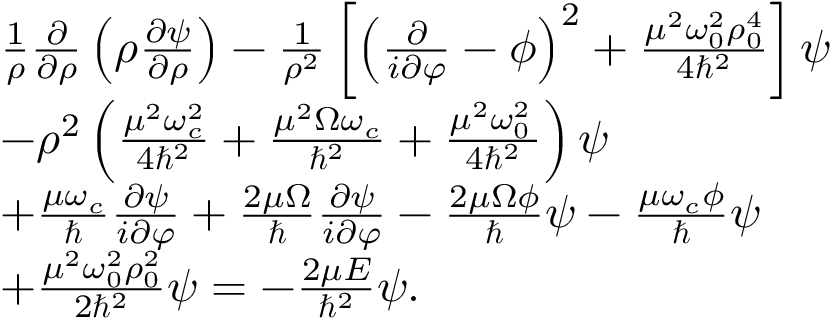
\begin{array} { r l } & { \frac { 1 } { \rho } \frac { \partial } { \partial \rho } \left( \rho \frac { \partial \psi } { \partial \rho } \right) - \frac { 1 } { \rho ^ { 2 } } \left[ \left( \frac { \partial } { i \partial \varphi } - \phi \right) ^ { 2 } + \frac { \mu ^ { 2 } \omega _ { 0 } ^ { 2 } \rho _ { 0 } ^ { 4 } } { 4 \hbar ^ { 2 } } \right] \psi } \\ & { - \rho ^ { 2 } \left( \frac { \mu ^ { 2 } \omega _ { c } ^ { 2 } } { 4 \hbar ^ { 2 } } + \frac { \mu ^ { 2 } \Omega \omega _ { c } } { \hbar ^ { 2 } } + \frac { \mu ^ { 2 } \omega _ { 0 } ^ { 2 } \, } { 4 \hbar ^ { 2 } } \right) \psi } \\ & { + \frac { \mu \omega _ { c } } { \hbar } \frac { \partial \psi } { i \partial \varphi } + \frac { 2 \mu \Omega } { \hslash } \frac { \partial \psi } { i \partial \varphi } - \frac { 2 \mu \Omega \phi } { \hslash } \psi - \frac { \mu \omega _ { c } \phi } { \hslash } \psi } \\ & { + \frac { \mu ^ { 2 } \omega _ { 0 } ^ { 2 } \rho _ { 0 } ^ { 2 } } { 2 \hbar ^ { 2 } } \psi = - \frac { 2 \mu E } { \hbar ^ { 2 } } \psi . } \end{array}